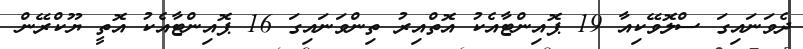
ދެވަނައިގަ ސްލޮވޭކިއާ 19 ޕޮއިންޓާއެކު އޮތްއިރު ތިންވަނައިގަ 16 ޕޮއިންޓާއެކު އޮތީ ޔޫކްރޭން